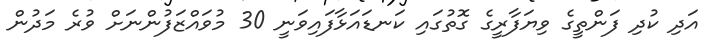
އަދި ކުދި ފަންތީގެ ވިޔަފާރީގެ ގޮތުގައި ކަނޑައަޅާފައިވަނީ 30 މުވައްޒަފުންނަށް ވުރެ މަދުން